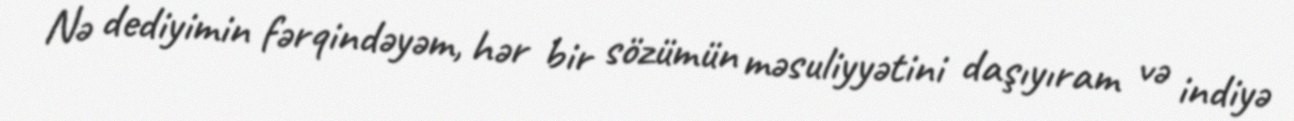
Nə dediyimin fərqindəyəm, hər bir sözümün məsuliyyətini daşıyıram və indiyə